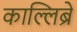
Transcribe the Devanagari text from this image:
काल्लिब्रे